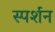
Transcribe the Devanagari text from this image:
स्पर्शन